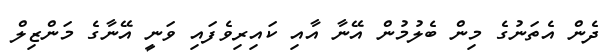
ދެން އެތަނުގެ މިން ބެލުމުން އޭނާ އާއި ކައިރިވެފައި ވަނީ އޭނާގެ މަންޒިލް